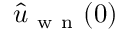
\hat { u } _ { \mathrm { ~ w ~ n ~ } } ( 0 )